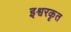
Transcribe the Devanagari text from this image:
इश्वरकृत